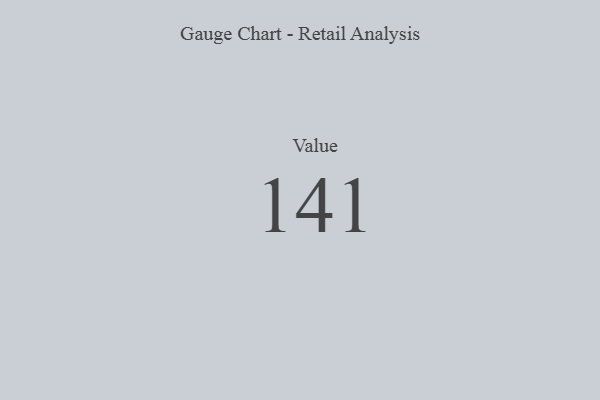
{"axis": {"x": "Metric", "y": "Value"}, "legend": [""], "data": [{"x": "Value", "y": 141, "type": ""}]}